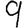
Digit: 9